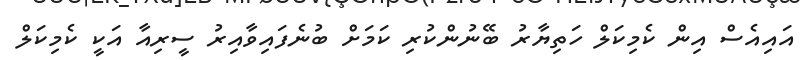
އައިއެސް އިން ކެމިކަލް ހަތިޔާރު ބޭނުންކުރި ކަމަށް ބުނެފައިވާއިރު ސީރިއާ އަކީ ކެމިކަލް